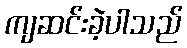
ကျဆင်းခဲ့ပါသည်